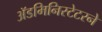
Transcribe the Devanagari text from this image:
ॲडमिनिस्टेटरने